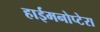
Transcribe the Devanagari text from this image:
हाईमनोप्टेरा